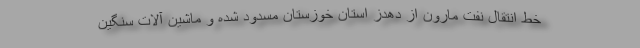
خط انتقال نفت مارون از دهدز استان خوزستان مسدود شده و ماشین آلات سنگین